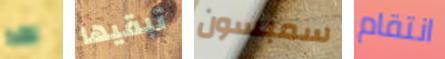
لقد تبقيها سمبسون انتقام